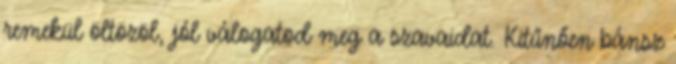
remekül öltözöl, jól válogatod meg a szavaidat. Kitűnően bánsz